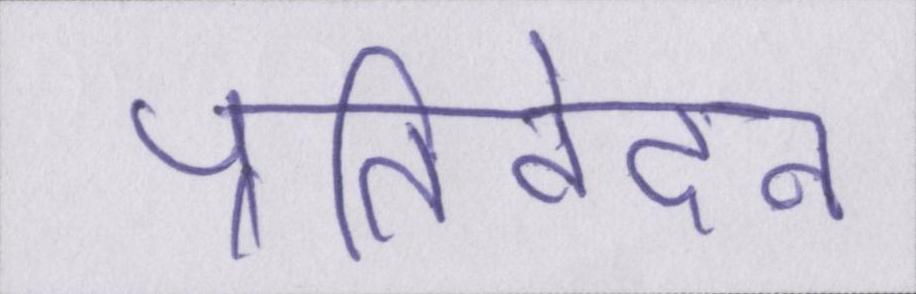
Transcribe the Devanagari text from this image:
प्रतिवेदन